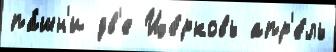
па́шн'и дв'е Це́рковь апр'е́ль